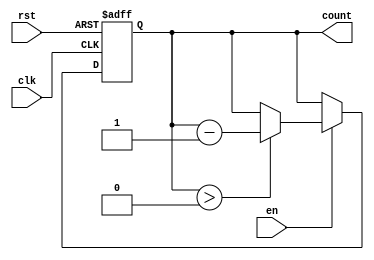
module binary_down_counter (
    input wire clk,       // Clock signal
    input wire rst,       // Asynchronous reset signal
    input wire en,        // Enable signal
    output reg [3:0] count // 4-bit count output
);

    // Define the maximum value for a 4-bit counter
    localparam MAX_COUNT = 4'b1111;

    // Asynchronous reset and counting logic
    always @(posedge clk or posedge rst) begin
        if (rst) begin
            // Reset the counter to the maximum value
            count <= MAX_COUNT;
        end else if (en) begin
            // Decrement the counter if enabled
            if (count > 0) begin
                count <= count - 1;
            end
            // Uncomment the next line if wrap-around behavior is desired
            // else begin
            //     count <= MAX_COUNT; // Wrap around to maximum value
            // end
        end
    end

    // Initialize count to the maximum value
    initial begin
        count = MAX_COUNT;
    end

endmodule